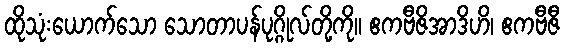
ထိုသုံးယောက်သော သောတာပန်ပုဂ္ဂိုလ်တို့ကို။ ဧကဗီဇိအာဒိဟိ၊ ဧကဗီဇီ